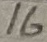
Text: 16